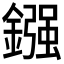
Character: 鏹